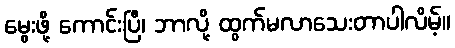
မွေးဖို့ ကောင်းပြီ၊ ဘာလို့ ထွက်မလာသေးတာပါလိမ့်။